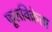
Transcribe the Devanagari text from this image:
फूलविक्रेता